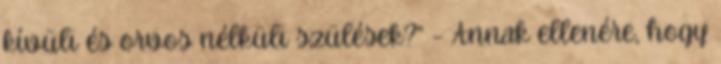
kívüli és orvos nélküli szülések?” - Annak ellenére, hogy